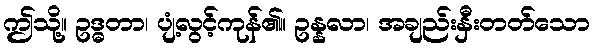
ဤသို့။ ဥဒ္ဓတာ၊ ပျံ့လွင့်ကုန်၏။ ဥန္နလာ၊ အချည်းနှီးတတ်သော